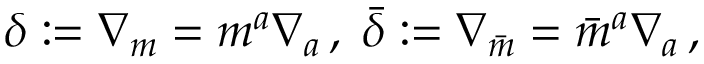
\delta : = \nabla _ { \boldsymbol { m } } = m ^ { a } \nabla _ { a } \, , \; { \bar { \delta } } : = \nabla _ { \boldsymbol { \bar { m } } } = { \bar { m } } ^ { a } \nabla _ { a } \, ,